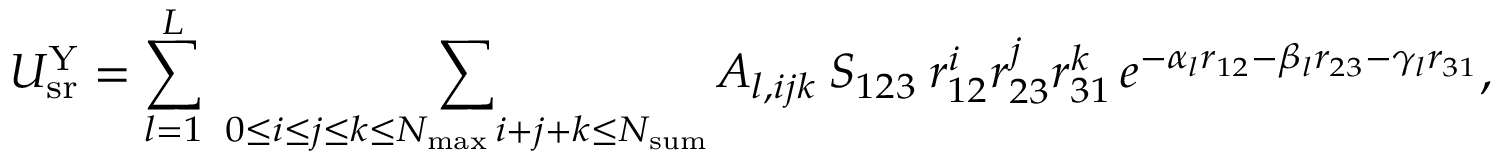
U _ { \mathrm { s r } } ^ { \mathrm { Y } } = \sum _ { l = 1 } ^ { L } \; \sum _ { \substack { 0 \le i \le j \le k \le N _ { \mathrm { m a x } } \, i + j + k \le N _ { \mathrm { s u m } } } } A _ { l , i j k } \: S _ { 1 2 3 } \: r _ { 1 2 } ^ { i } r _ { 2 3 } ^ { j } r _ { 3 1 } ^ { k } \, e ^ { - \alpha _ { l } r _ { 1 2 } - \beta _ { l } r _ { 2 3 } - \gamma _ { l } r _ { 3 1 } } ,